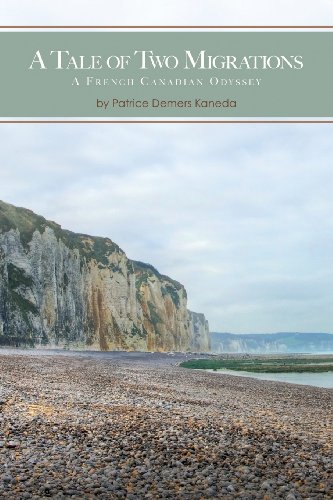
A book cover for A Tale of Two Migrations: A French Canadian Odyssey; Patrice Demers Kaneda; History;